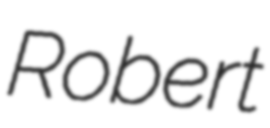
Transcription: Robert